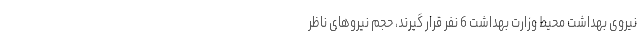
نیروی بهداشت محیط وزارت بهداشت 6 نفر قرار گیرند، حجم نیروهای ناظر